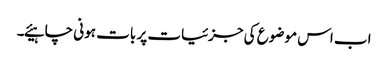
اب اس موضوع کی جزئیات پر بات ہونی چاہیئے۔